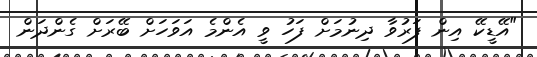
"އޭޑީކޭ އިން ފަރުވާ ދިނުމަށް ފަހު ވީ އެންމެ އަވަހަށް ބޭރަށް ގެންދަން